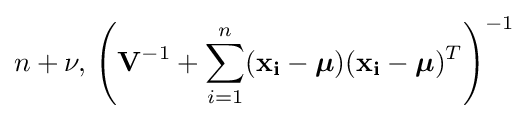
n+\nu ,\,\left(\mathbf {V} ^{-1}+\sum _{i=1}^{n}(\mathbf {x_{i}} -{\boldsymbol {\mu }})(\mathbf {x_{i}} -{\boldsymbol {\mu }})^{T}\right)^{-1}